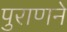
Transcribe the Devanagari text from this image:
पुराणने